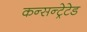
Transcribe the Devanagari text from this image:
कन्सन्ट्रेटेड